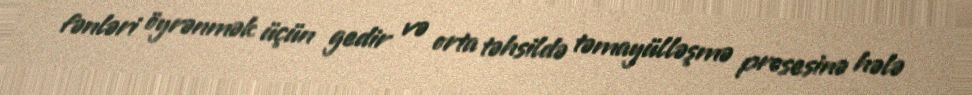
fənləri öyrənmək üçün gedir və orta təhsildə təmayülləşmə prosesinə hələ